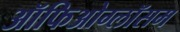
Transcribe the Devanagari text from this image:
ऑफिओग्लॉसम